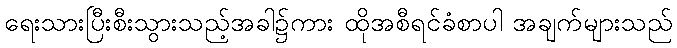
ရေးသားပြီးစီးသွားသည့်အခါ၌ကား ထိုအစီရင်ခံစာပါ အချက်များသည်